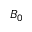
B _ { 0 }